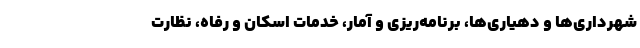
شهرداری‌ها و دهیاری‌ها، برنامه‌ریزی و آمار، خدمات اسکان و رفاه، نظارت